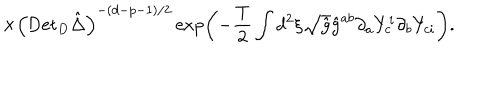
\times { { \left( { \mathrm { D e t } _ { D } } \hat { \Delta } \right) } ^ { - ( d - p - 1 ) / 2 } } \exp \left( - { \frac { \mathrm { T } } { 2 } } \int { d ^ { 2 } } \xi \sqrt { \hat { g } } { \hat { g } ^ { a b } } { \partial _ { a } } { Y _ { c } ^ { i } } { \partial _ { b } } { Y _ { c i } } \right) .